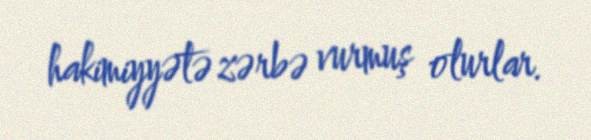
hakimiyyətə zərbə vurmuş olurlar.